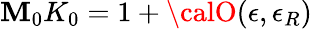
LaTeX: \mathbf{M}_{0}K_{0}=1+{\calO}(\epsilon,\epsilon_{R})